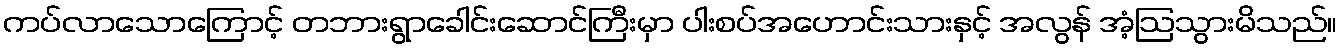
ကပ်လာသောကြောင့် တဘားရွာခေါင်းဆောင်ကြီးမှာ ပါးစပ်အဟောင်းသားနှင့် အလွန် အံ့ဩသွားမိသည်။